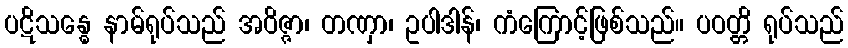
ပဋိသန္ဓေ နာမ်ရုပ်သည် အဝိဇ္ဇာ၊ တဏှာ၊ ဥပါဒါန်၊ ကံကြောင့်ဖြစ်သည်။ ပဝတ္တိ ရုပ်သည်